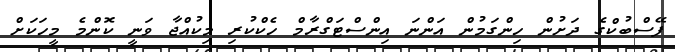
ފޭސްބުކްގެ ދަށުން ހިންގަމުން އަންނަ އިންސްޓަގްރާމް ހެކްކުރި މިކުއްޖާ ވަނީ ކޮންމެ މީހަކަށް